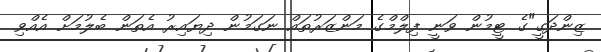
ޒިންދަގީ"ގެ ޓީމުން ވަނީ ފިލްމްގެ މަންޒަރުތައް ނަގަމުން ދިޔައިރު އެތަން ބެލުމަށް އެއްވި